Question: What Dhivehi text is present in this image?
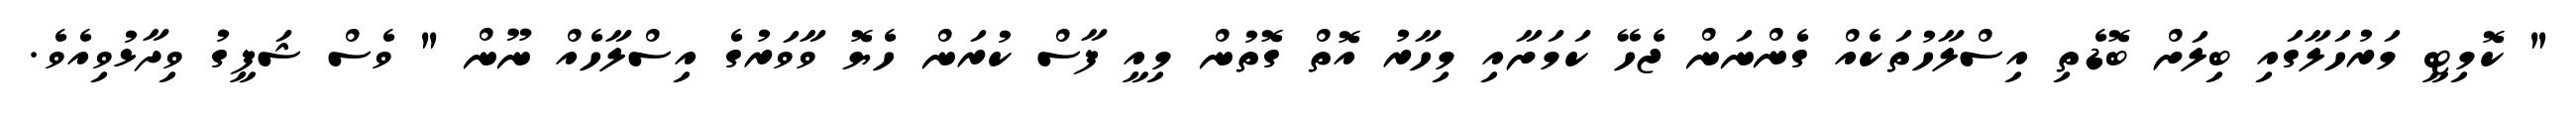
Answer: " ކޮމިޓީ މަރުހަލާގައި ބިލަށް ބޮޑެތި އިސްލާހުތަކެއް ގެންނަން ޖެހޭ ކަމަށާއި މިހާރު އޮތް ގޮތުން މިއީ ފާސް ކުރަން ހެޔޮ ވާވަރުގެ އިސްލާހެއް ނޫން " ވެސް ޝަފީގު ވިދާޅުވިއެވެ.